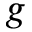
g